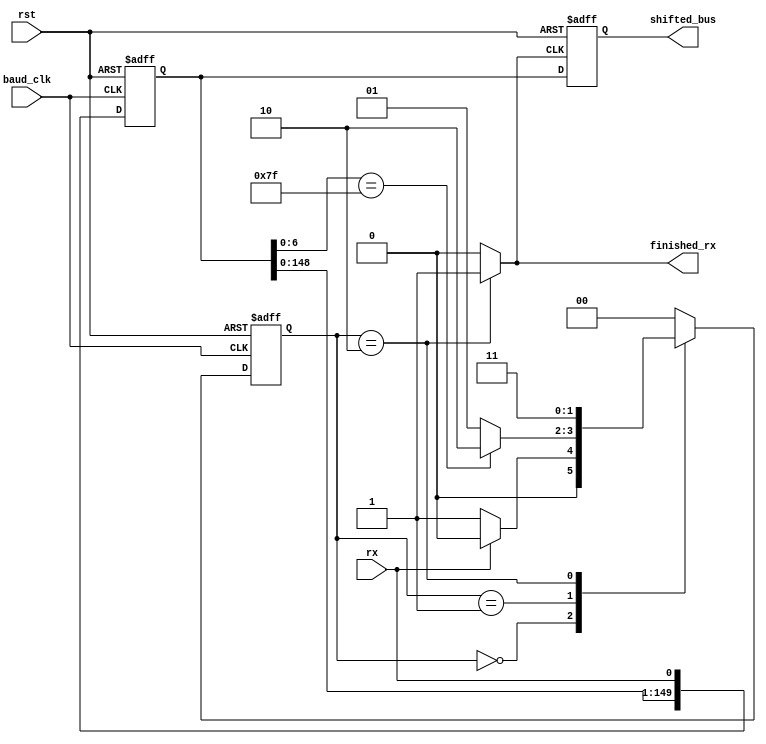
module shift_reg(
    input rx,
    output reg[(reg_length-1):0] shifted_bus,
	output reg finished_rx,
    input rst,
    input baud_clk
    );
	
	parameter reg_length = 150;

	initial finished_rx = 0;
	parameter idle = 2'b00, reading = 2'b01, finished = 2'b10, finished_and_waiting = 2'b11;
	reg[1:0] current_state, next_state;
	
	reg [(reg_length-1):0] bitShiftReg = {reg_length{1'b1}};

	always @(posedge baud_clk or posedge rst) begin
		if(rst) begin
			bitShiftReg <= {reg_length{1'b1}};
			current_state <=  idle;
		end
		else begin
			current_state <= next_state;
			bitShiftReg <= {bitShiftReg[(reg_length-2):0],rx};
		end
	end
	always @(rx or bitShiftReg or current_state) begin
		case(current_state) 
			idle: begin
				if(rx == 1)
					next_state <= idle;
				else 
					next_state <= reading;
				end
			reading: begin
				if(bitShiftReg[6:0] == {7{1'b1}})
					next_state <= finished;
				else
					next_state <= reading;
				end
			finished: begin
				next_state<= finished_and_waiting;
			end
			
			default: begin
				next_state<=idle;
			end
		endcase
	end
	
	always @ (current_state) begin
		if(current_state == finished)
			finished_rx <= 1;
		else
			finished_rx <= 0;
	end
	
	always @ (posedge finished_rx or posedge rst) begin
		if(rst) 
			shifted_bus <= {reg_length{1'b1}};
		else
			shifted_bus <= bitShiftReg;
	end

endmodule